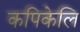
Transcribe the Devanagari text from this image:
कपिकेलि